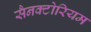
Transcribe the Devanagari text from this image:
सैनक्टोरियम